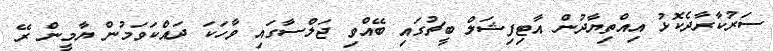
ސަރުކާރާދެކޮޅު އިއްތިޔާދުން އާޓިފިޝަލް ބީޗުގައި ބޭއްވި ޖަލްސާގައި ވާހަކަ ދައްކަވަމުން ޔާމީން ރޭ